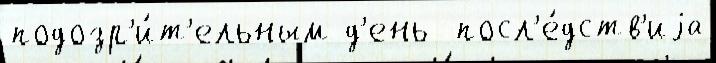
подозр'и́т'ельным д'ень  посл'е́дств'иjа